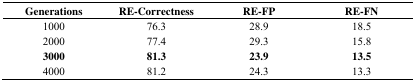
<table><thead><tr><td><b>Generations</b></td><td><b>RE-Correctness</b></td><td><b>RE-FP</b></td><td><b>RE-FN</b></td></tr></thead><tbody><tr><td>1000</td><td>76.3</td><td>28.9</td><td>18.5</td></tr><tr><td>2000</td><td>77.4</td><td>29.3</td><td>15.8</td></tr><tr><td><b>3000</b></td><td><b>81.3</b></td><td><b>23.9</b></td><td><b>13.5</b></td></tr><tr><td>4000</td><td>81.2</td><td>24.3</td><td>13.3</td></tr></tbody></table>